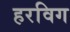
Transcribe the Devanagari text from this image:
हरविग